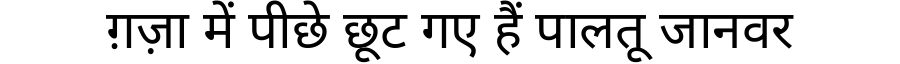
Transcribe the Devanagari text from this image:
ग़ज़ा में पीछे छूट गए हैं पालतू जानवर